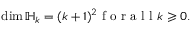
\mathrm { d i m } \, { \mathbb H } _ { k } = ( k + 1 ) ^ { 2 } \mathrm { ~ f ~ o ~ r ~ a ~ l ~ l ~ } k \geqslant 0 .